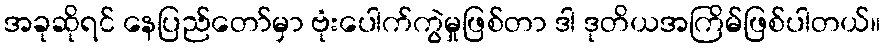
အခုဆိုရင် နေပြည်တော်မှာ ဗုံးပေါက်ကွဲမှုဖြစ်တာ ဒါ ဒုတိယအကြိမ်ဖြစ်ပါတယ်။